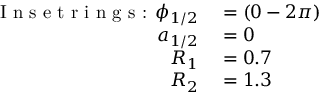
\begin{array} { r l } { \textrm { I n s e t r i n g s : } \phi _ { 1 / 2 } } & { { } = ( 0 - 2 \pi ) } \\ { a _ { 1 / 2 } } & { { } = 0 } \\ { R _ { 1 } } & { { } = 0 . 7 } \\ { R _ { 2 } } & { { } = 1 . 3 } \end{array}